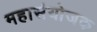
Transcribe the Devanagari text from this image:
महासंयोजक